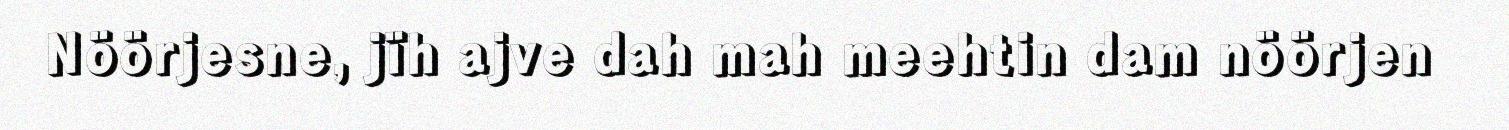
Nöörjesne, jïh ajve dah mah meehtin dam nöörjen